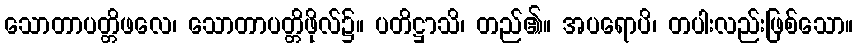
သောတာပတ္တိဖလေ၊ သောတာပတ္တိဖိုလ်၌။ ပတိဋ္ဌာသိ၊ တည်၏။ အပရောပိ၊ တပါးလည်းဖြစ်သော။